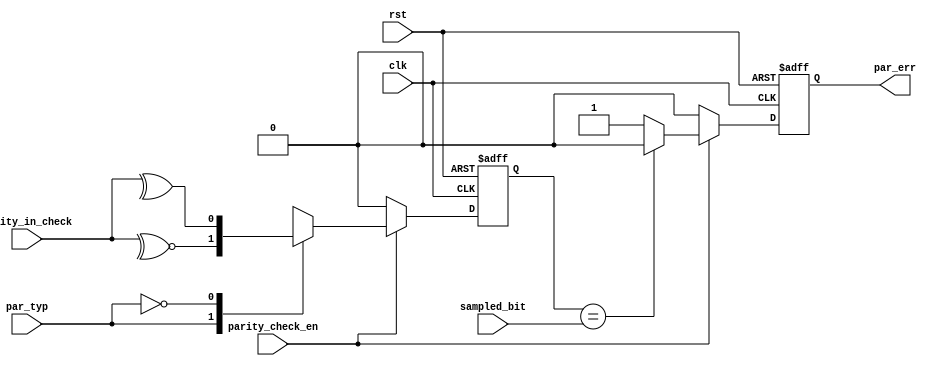
module PARITY_CHECK_UART_RX (
  input wire clk , rst                ,                      // RX CLOCK
  input wire parity_check_en          ,                      // FROM FSM BLOCK
  input wire sampled_bit              ,                      // FROM DATA SAMPLING BLOCK
  input wire par_typ                  ,
  input wire [7:0] parity_in_check    ,                      // FROM DESERIALIZER BLOCK
  output reg par_err                                    
  );
  
  // internal signal
  reg  parity_calc ;
  
  always @ (posedge clk or negedge rst)                               // EN FF TO AVOIDE TIMING VIOLATION
  begin
        if(!rst)
          begin
           par_err     <= 'b0;
           parity_calc <= 'b0;
          end
          
        else
      
         if (parity_check_en)                                          // NOTE MUST BE HIGH FOR ONE CLOCK CYCLE
            begin
                 case(par_typ)
                 1'b1:   begin        
                            parity_calc <= ~^parity_in_check ;
                            if (parity_calc == sampled_bit)
                               par_err  <= 'b0               ;
                             else
                               par_err  <= 'b1               ;
                               
                         end
                       
                       
                 1'b0:   begin                                        // REGISTER TO SAVE VALUE IF DATA_VALID = 0
                             parity_calc <= ^parity_in_check ;
                             if (parity_calc == sampled_bit)
                               par_err   <= 'b0              ;
                             else
                               par_err   <= 'b1              ;
                         end
                 endcase 
            end      
        else     
                         begin  
                               par_err     <= 'b0;
                               parity_calc <= 'b0;         
                         end                     
  end
endmodule